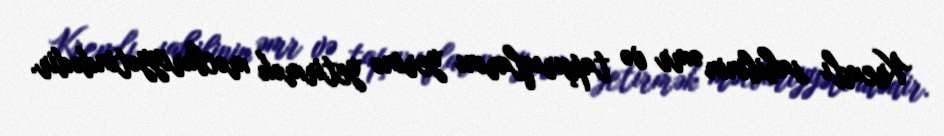
Kremlı sahibinin əmr və tapşırıqlarını yerinə yetirmək məcburiyyətindədir.